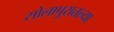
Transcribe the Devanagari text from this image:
सोलापुरातल्या